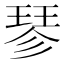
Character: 𪻴